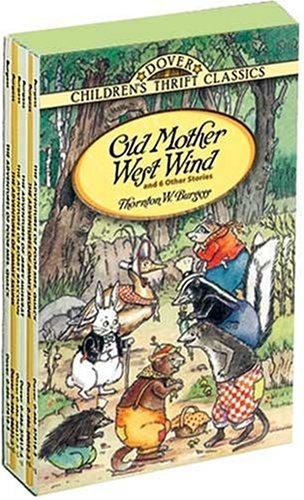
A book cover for Old Mother West Wind and 6 Other Stories (Children's Thrift Classics); Thornton W. Burgess; Children's Books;